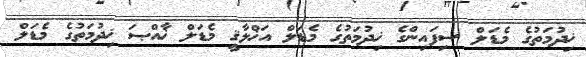
ޚިދުމަތުގެ މެޑަލް ސިފައިންގެ ޚިދުމަތުގެ މެޑަލް އަޚްލާޤީ މެޑަލް ޚާއްޞަ ޚިދުމަތުގެ މެޑަލް